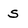
Character: S